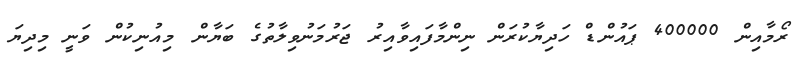
ރޯމާއިން 400000 ޕައުންޑް ހަދިޔާކުރަން ނިންމާފައިވާއިރު ޖަރުމަނުވިލާތުގެ ބަޔާން މިއުނިކުން ވަނީ މިދިޔަ